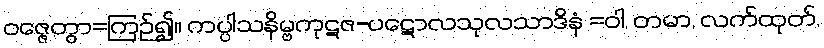
ဝဇ္ဇေတွာ=ကြဉ်၍။ ကပ္ပါသနိမ္ဗကုဋဇ-ပဋောလသုလသာဒိနံ =ဝါ, တမာ, လက်ထုတ်,